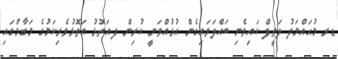
ޑރ މުޙައްމަދު ލަތީފް ކައިވެނި ބައްލަވައިގެން އުޅުއްވަނީ ކުރިން ފ.އަތޮޅު އަތޮޅުވެރިކަމުގެ މަގާމްގައި